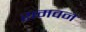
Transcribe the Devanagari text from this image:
रामवन